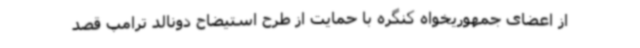
از اعضای جمهوریخواه کنگره با حمایت از طرح استیضاح دونالد ترامپ قصد